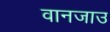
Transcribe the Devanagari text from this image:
वानजाउ